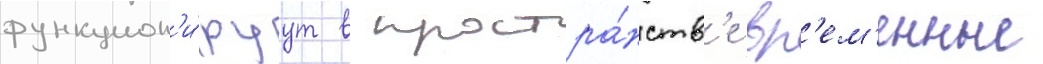
функцион'и́руут в простра́нств'е вр'ем'енные